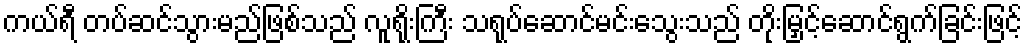
ကယ်ရီ တပ်ဆင်သွားမည်ဖြစ်သည် လူရိုးကြီး သရုပ်ဆောင်မင်းသွေးသည် တိုးမြှင့်ဆောင်ရွက်ခြင်းဖြင့်